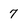
Character: 7